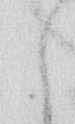
候